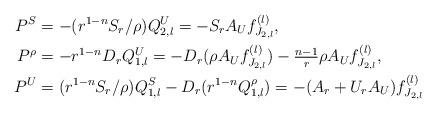
LaTeX: \begin{align*}P^S & = -(r^{1-n}S_r/\rho) Q^U_{2,l}= - S_r A_U f_{J_{2,l}}^{(l)} , \\P^\rho & = - r^{1-n} D_r Q^U_{1,l}= -D_r( \rho A_U f_{J_{2,l}}^{(l)} ) - \tfrac{n-1}{r}\rho A_U f_{J_{2,l}}^{(l)} , \\P^U & = (r^{1-n}S_r/\rho) Q^S_{1,l} - D_r(r^{1-n} Q^\rho_{1,l}) = -( A_r +U_r A_U ) f_{J_{2,l}}^{(l)} \end{align*}